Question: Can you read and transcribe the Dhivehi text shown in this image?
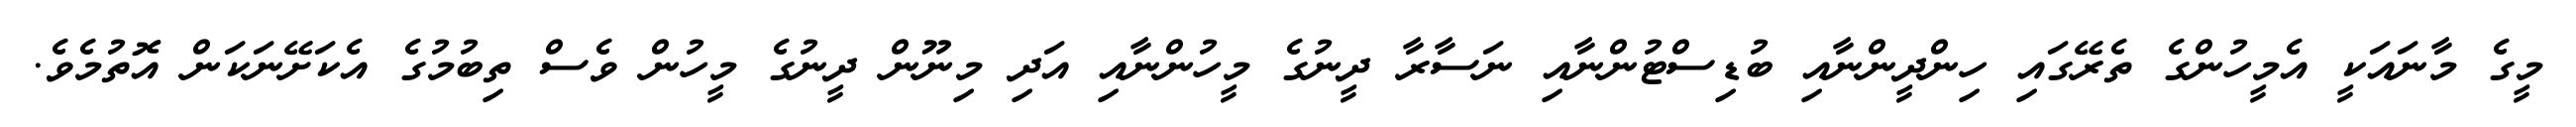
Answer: މީގެ މާނައަކީ އެމީހުންގެ ތެރޭގައި ހިންދީންނާއި ބުޑިސްޓުންނާއި ނަސާރާ ދީނުގެ މީހުންނާއި އަދި މިނޫން ދީނުގެ މީހުން ވެސް ތިބުމުގެ އެކަށޭނަކަން އޮތުމެވެ.